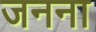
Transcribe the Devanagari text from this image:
जनना